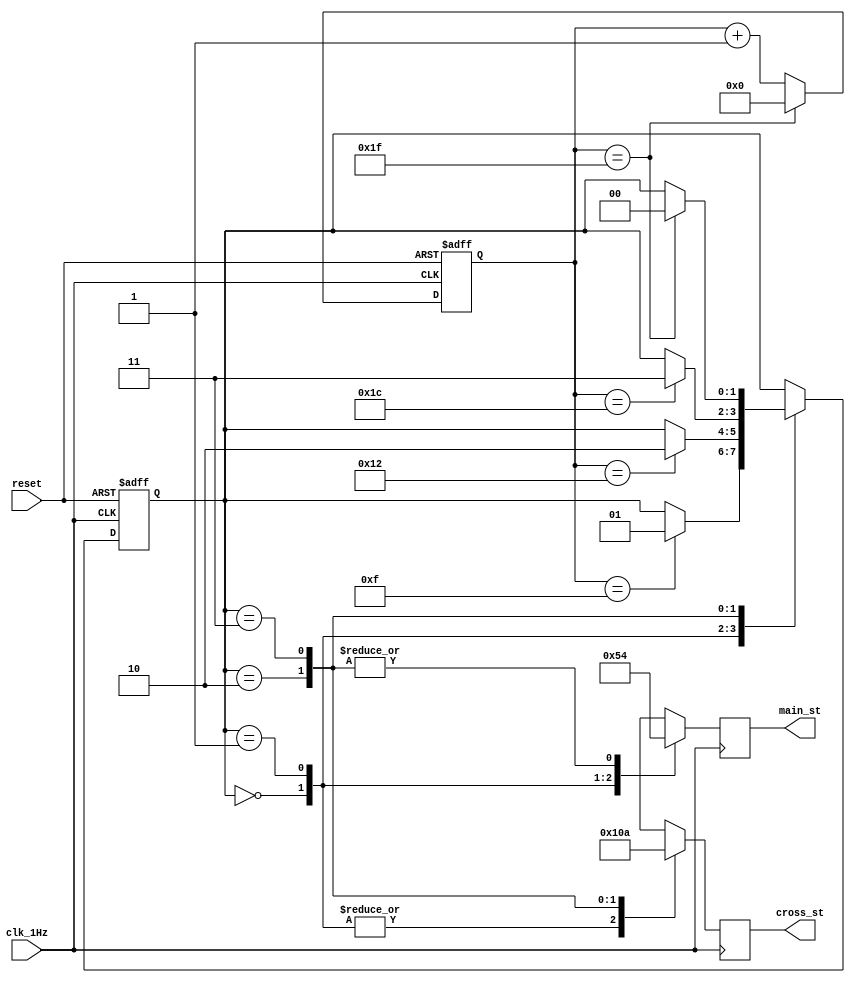
module state_machine(
    input reset,
    input clk_1Hz,
    output reg [2:0] main_st,   // 3-bits out PMOD_B
    output reg [2:0] cross_st   // 3-bits out POD_C
);

    // define state
    parameter main_green_cross_red = 2'b00;
    parameter main_yellow_cross_red = 2'b01;
    parameter main_red_cross_green = 2'b10;
    parameter main_red_cross_yellow = 2'b11;

    // The state register
    reg [1:0] state_reg;        // 4 state = 2 bits

    // Timer for light changes
    reg [4:0] light_counter = 0;    // main green = 15 seconds
                                    // main yellow = 3 seconds
                                    // cross green = 10 seconds
                                    // cross yellow = 3 seconds
                                    // total seconds = 31 = 5 bits

    // Next state logic
    always @(posedge clk_1Hz or posedge reset) begin
        if (reset)
            state_reg <= main_green_cross_red;  // reset state
        else
            case(state_reg)
                main_green_cross_red : if (light_counter == 15)
                                            state_reg <= main_yellow_cross_red;

                main_yellow_cross_red : if (light_counter == 18)
                                            state_reg <= main_red_cross_green;

                main_red_cross_green : if (light_counter == 28)
                                            state_reg <= main_red_cross_yellow;

                main_red_cross_yellow : if (light_counter == 31)
                                            state_reg <= main_green_cross_red;

                default : state_reg <= main_green_cross_red;
            endcase
    end 

    // Light Counter control
    always @(posedge clk_1Hz or posedge reset) begin
        if (reset)
            light_counter <= 0;
        else
            if(light_counter == 31)
                light_counter <= 0;
            else
                light_counter <= light_counter + 1;
    end

    always @(posedge clk_1Hz) begin
        case(state_reg)
            main_green_cross_red : begin
                                            main_st  = 3'b001; //green
                                            cross_st = 3'b100; // red
                                    end

            main_yellow_cross_red : begin
                                            main_st  = 3'b010; // yellow
                                            cross_st = 3'b100; // red
                                    end

            main_red_cross_green : begin
                                            main_st  = 3'b100; // red
                                            cross_st = 3'b001; // green
                                    end

            main_red_cross_yellow : begin
                                            main_st  = 3'b100; // red
                                            cross_st = 3'b010; // yellow
                                    end
        endcase
    end

endmodule